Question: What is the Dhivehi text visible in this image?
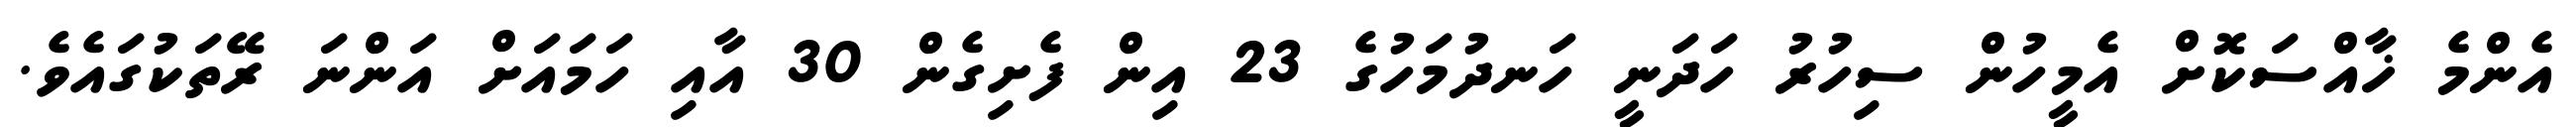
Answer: އެންމެ ޚާއްސަކޮށް އެމީހުން ސިހުރު ހަދަނީ ހަނދުމަހުގެ 23 އިން ފެށިގެން 30 އާއި ހަމައަށް އަންނަ ރޭތަކުގައެވެ.